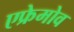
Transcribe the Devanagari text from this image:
एफ्रेमोव